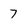
Character: 7